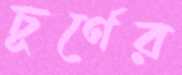
চূর্ণের